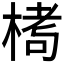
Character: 𪲶